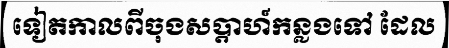
ទៀតកាលពីចុងសប្តាហ៍កន្លងទៅ ដែល